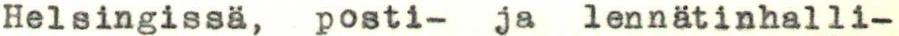
Helsingissä, posti- ja lennätinhalli-